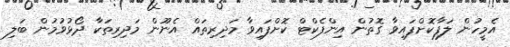
އެމީހުން ލަފާކޮށްފައިވާ ގޮތުން އިންފެކްޓް ކޮށްފައިވާ މަދިރިތައް އެނޫން މަދިރިތަކާ ދޯޅުވުމުން ބަލި